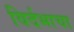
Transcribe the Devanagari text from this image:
विर्दभाचा